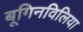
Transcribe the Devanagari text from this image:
बूगिनविलिया